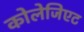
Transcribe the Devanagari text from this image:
कोलेजिएट